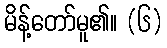
မိန့်တော်မူ၏။ (၆)